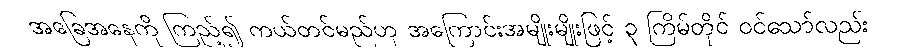
အခြေအနေကို ကြည့်၍ ကယ်တင်မည်ဟု အကြောင်းအမျိုးမျိုးဖြင့် ၃ ကြိမ်တိုင် ဝင်သော်လည်း